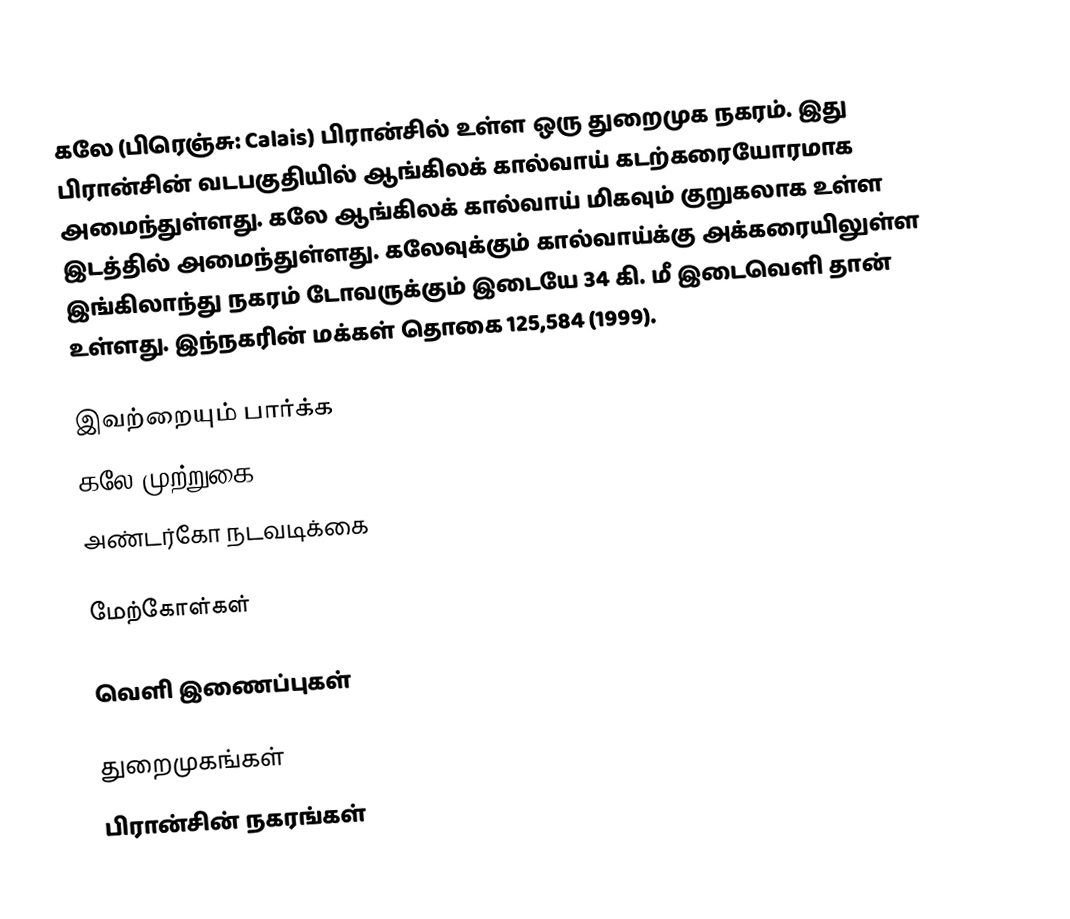
கலே (பிரெஞ்சு: Calais) பிரான்சில் உள்ள ஒரு துறைமுக நகரம். இது பிரான்சின் வடபகுதியில் ஆங்கிலக் கால்வாய் கடற்கரையோரமாக அமைந்துள்ளது. கலே ஆங்கிலக் கால்வாய் மிகவும் குறுகலாக உள்ள இடத்தில் அமைந்துள்ளது. கலேவுக்கும் கால்வாய்க்கு அக்கரையிலுள்ள இங்கிலாந்து நகரம் டோவருக்கும் இடையே 34 கி. மீ இடைவெளி தான் உள்ளது. இந்நகரின் மக்கள் தொகை 125,584 (1999).

இவற்றையும் பார்க்க
 கலே முற்றுகை (1940)
 அண்டர்கோ நடவடிக்கை

மேற்கோள்கள்

வெளி இணைப்புகள்

துறைமுகங்கள்
பிரான்சின் நகரங்கள்